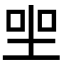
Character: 𡋑